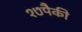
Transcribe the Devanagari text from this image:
१७पैकी